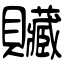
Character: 贜